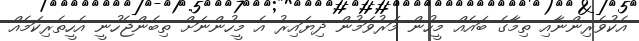
އެކުވެރިންނާއި ތިމާގެ ބައެއް މީހުން މަރުވަމުން ދިޔައިރު އެ މީހުންނަށް ތިބެންޖެހުނީ އެހީތެރިކަމެއް